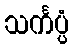
သင်္ကပ္ပံ